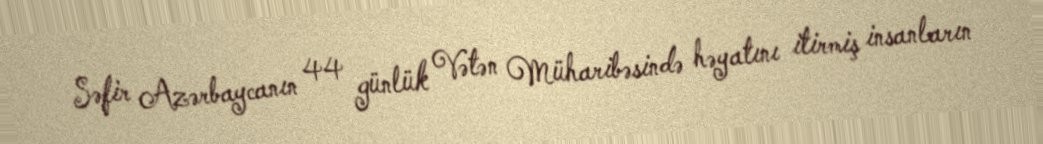
Səfir Azərbaycanın 44 günlük Vətən Müharibəsində həyatını itirmiş insanların